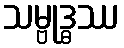
သမ္ဗုဒ္ဓဿ